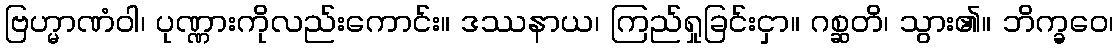
ဗြဟ္မာဏံဝါ၊ ပုဏ္ဏားကိုလည်းကောင်း။ ဒဿနာယ၊ ကြည်ရှုခြင်းငှာ။ ဂစ္ဆတိ၊ သွား၏။ ဘိက္ခဝေ၊